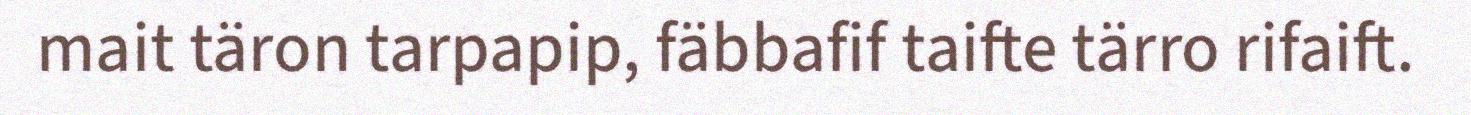
mait täron tarpapip, fäbbafif taifte tärro rifaift.